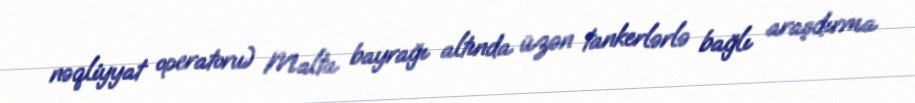
nəqliyyat operatoru) Malta bayrağı altında üzən tankerlərlə bağlı araşdırma